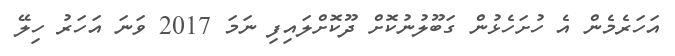
އަހަރެމެން އެ ހުށަހެޅުން ގަބޫލުނުކޮށް ދޫކޮށްލައިފި ނަމަ 2017 ވަނަ އަހަރު ހިލޭ